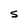
Character: S